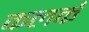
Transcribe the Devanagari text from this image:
कलर्क